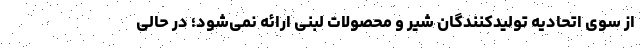
از سوی اتحادیه تولیدکنندگان شیر و محصولات لبنی ارائه نمی‌شود؛ در حالی